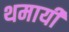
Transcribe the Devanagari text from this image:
थमायी